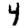
Digit: 4